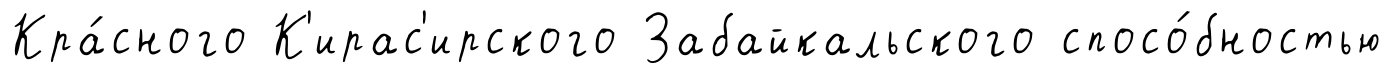
Кра́сного К'ирас'ирского Забайкальского спосо́бностью